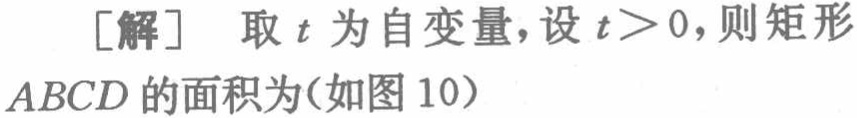
[解] 取 \(t\) 为自变量，设 \(t > 0\)，则矩形 \(ABCD\) 的面积为(如图 10)